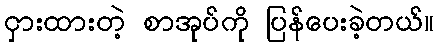
ငှားထားတဲ့ စာအုပ်ကို ပြန်ပေးခဲ့တယ်။